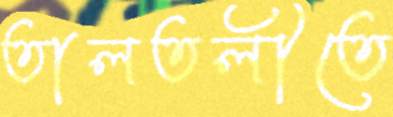
তালতলীতে